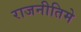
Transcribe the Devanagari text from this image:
राजनीतिमे